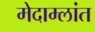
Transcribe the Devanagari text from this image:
मेदाम्लांत